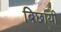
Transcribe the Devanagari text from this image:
बिछायी